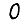
Digit: 0